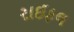
રાઈફલ